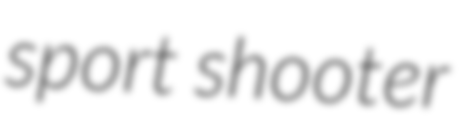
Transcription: sport shooter